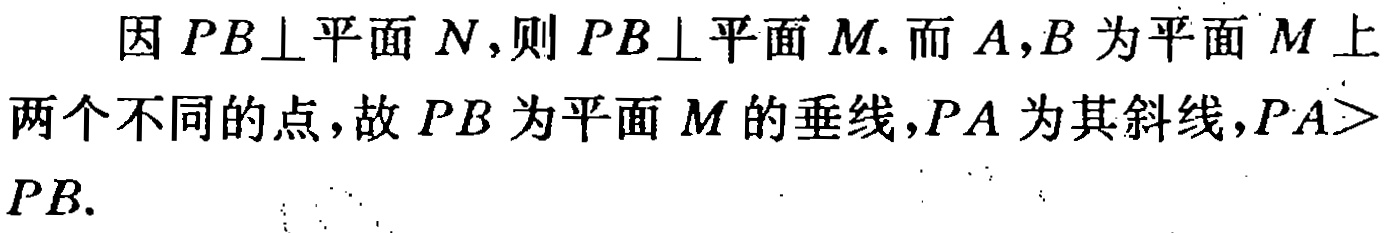
因 \(PB\perp\)平面 \(N\)，则 \(PB\perp\)平面 \(M\). 而 \(A,B\) 为平面 \(M\) 上两个不同的点，故 \(PB\) 为平面 \(M\) 的垂线，\(PA\) 为其斜线，\(PA > PB\).